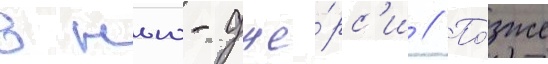
в нью-дже́рс'и // По́зже